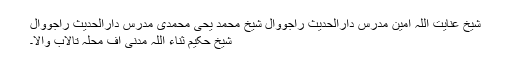
شیخ عنایت اللہ امین مدرس دارالحدیث راجووال شیخ محمد یحی محمدی مدرس دارالحدیث راجووال
شیخ حکیم ثناء اللہ مدنی آف محلہ تالاب والا۔